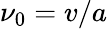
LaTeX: \nu_{0}=v/a